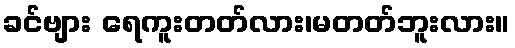
ခင်ဗျား ရေကူးတတ်လား၊မတတ်ဘူးလား။